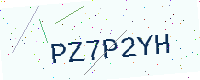
Text: PZ7P2YH